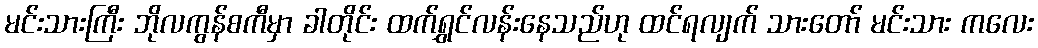
မင်းသားကြီး ဘိုလကွန်စကီမှာ ခါတိုင်း ထက်ရွှင်လန်းနေသည်ဟု ထင်ရလျက် သားတော် မင်းသား ကလေး